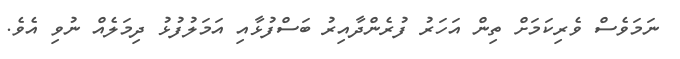
ނަމަވެސް ވެރިކަމަށް ތިން އަހަރު ފުރެންދާއިރު ބަސްފުޅާއި އަމަލުފުޅު ދިމަލެއް ނުވި އެވެ.